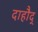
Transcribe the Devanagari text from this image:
दाहौद्